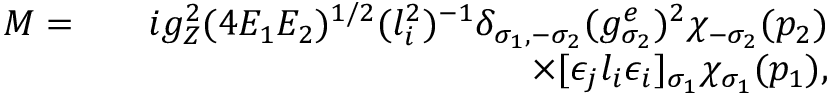
\begin{array} { r l r } { { \cal M } = } & { } & { i g _ { Z } ^ { 2 } ( 4 E _ { 1 } E _ { 2 } ) ^ { 1 / 2 } ( l _ { i } ^ { 2 } ) ^ { - 1 } \delta _ { \sigma _ { 1 } , - \sigma _ { 2 } } ( g _ { \sigma _ { 2 } } ^ { e } ) ^ { 2 } \chi _ { - \sigma _ { 2 } } ( p _ { 2 } ) } \\ & { } & { \times [ \epsilon _ { j } l _ { i } \epsilon _ { i } ] _ { \sigma _ { 1 } } \chi _ { \sigma _ { 1 } } ( p _ { 1 } ) , } \end{array}